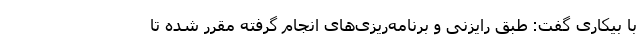
با بیکاری گفت: طبق رایزنی و برنامه‌ریزی‌های انجام گرفته مقرر شده تا